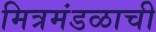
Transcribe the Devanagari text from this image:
मित्रमंडळाची